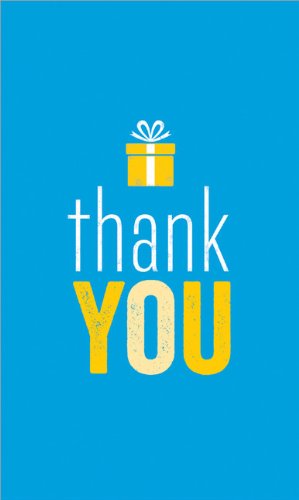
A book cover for Thank You; Inc. Sourcebooks; Self-Help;